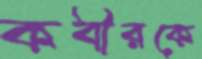
কবীরকে